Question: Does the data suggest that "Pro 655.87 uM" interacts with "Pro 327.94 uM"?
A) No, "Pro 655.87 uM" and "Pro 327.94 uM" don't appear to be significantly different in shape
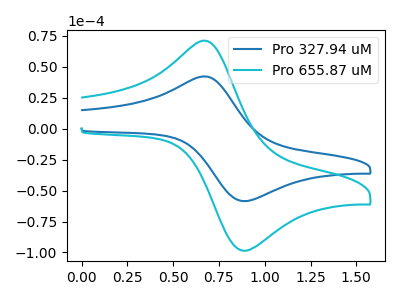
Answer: <think>The blue curve "Pro 327.94 uM" has an anodic peak at (0.70V, 41.75uA) and a cathodic peak at (0.90V, -58.45uA). The cyan curve "Pro 655.87 uM" has an anodic peak at (0.70V, 70.30uA) and a cathodic peak at (0.90V, -98.45uA).
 All the peaks in "Pro 655.87 uM" have a peak in "Pro 327.94 uM" at the same potential. Every peak in "Pro 655.87 uM" is higher than every peak in "Pro 327.94 uM".</think>
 <answer>A) No, "Pro 655.87 uM" and "Pro 327.94 uM" don't appear to be significantly different in shape</answer>
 <eval>A</eval>